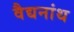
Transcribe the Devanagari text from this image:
वैद्यनांथ